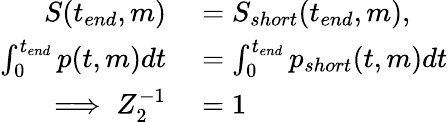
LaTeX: \begin{array}{rl}{S(t_{end},m)}&{{}=S_{short}(t_{end},m),}\\ {\int_{0}^{t_{end}}p(t,m)dt}&{{}=\int_{0}^{t_{end}}p_{short}(t,m)dt}\\ {\implies Z_{2}^{-1}}&{{}=1}\end{array}